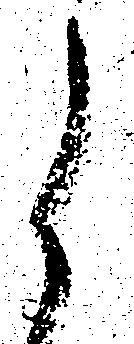
候